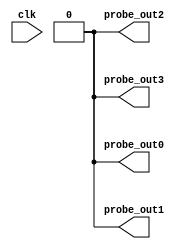
module vio_0 (
clk,

probe_out0,
probe_out1,
probe_out2,
probe_out3
);

input clk;

output reg [0 : 0] probe_out0 = 'h0 ;
output reg [0 : 0] probe_out1 = 'h0 ;
output reg [0 : 0] probe_out2 = 'h0 ;
output reg [0 : 0] probe_out3 = 'h0 ;


endmodule